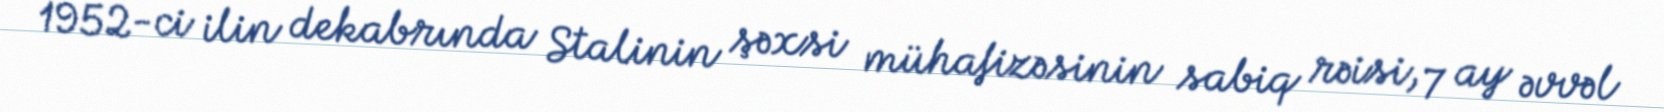
1952-ci ilin dekabrında Stalinin şəxsi mühafizəsinin sabiq rəisi, 7 ay əvvəl